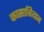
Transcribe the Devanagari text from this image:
कासाबियान